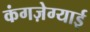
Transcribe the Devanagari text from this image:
कंगज़ेग्याई